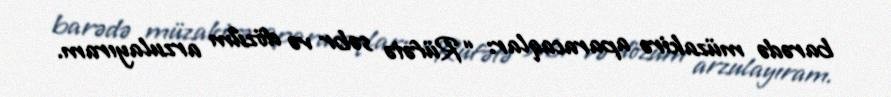
barədə müzakirə aparacaqlar: “Rüfətə səbr və dözüm arzulayıram.